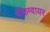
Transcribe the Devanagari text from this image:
मॅकग्वायर